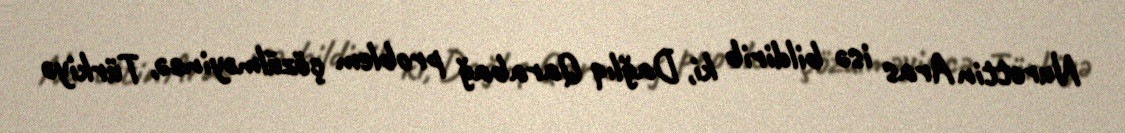
Nurettin Aras isə bildirib ki, Dağlıq Qarabağ problem çözülməyincə, Türkiyə